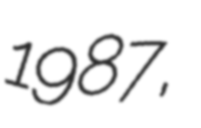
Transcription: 1987,